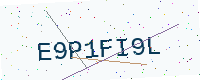
Text: E9P1FI9L